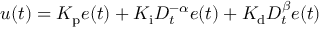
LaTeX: u ( t ) = K _ { \mathrm { p } } e ( t ) + K _ { \mathrm { i } } D _ { t } ^ { - \alpha } e ( t ) + K _ { \mathrm { d } } D _ { t } ^ { \beta } e ( t )